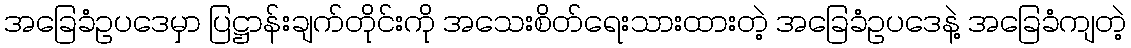
အခြေခံဥပဒေမှာ ပြဋ္ဌာန်းချက်တိုင်းကို အသေးစိတ်ရေးသားထားတဲ့ အခြေခံဥပဒေနဲ့ အခြေခံကျတဲ့